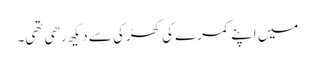
میں اپنے کمرے کی کھڑکی سے دیکھ رھی تھی۔